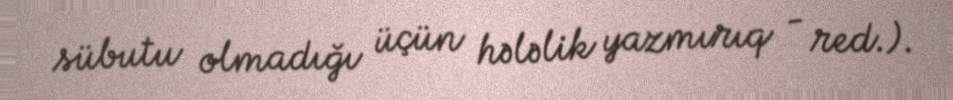
sübutu olmadığı üçün hələlik yazmırıq - red.).